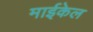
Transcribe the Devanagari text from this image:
माईकेल